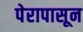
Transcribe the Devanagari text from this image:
पेरापासून